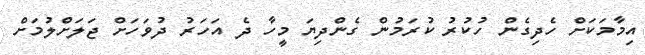
އިމާމަކަށް ހެދިގެން ހުކުރު ކުރަމުން ގެންދިޔަ މީހާ ދެ އަހަރު ދުވަހަށް ޖަލަށްލުމަށް